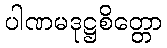
ပါဏမဒုဋ္ဌစိတ္တော